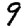
Digit: 9